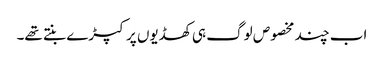
اب چند مخصوص لوگ ہی کھڈیوں پر کپڑے بنتے تھے۔